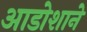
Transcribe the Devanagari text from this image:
आडोशाने